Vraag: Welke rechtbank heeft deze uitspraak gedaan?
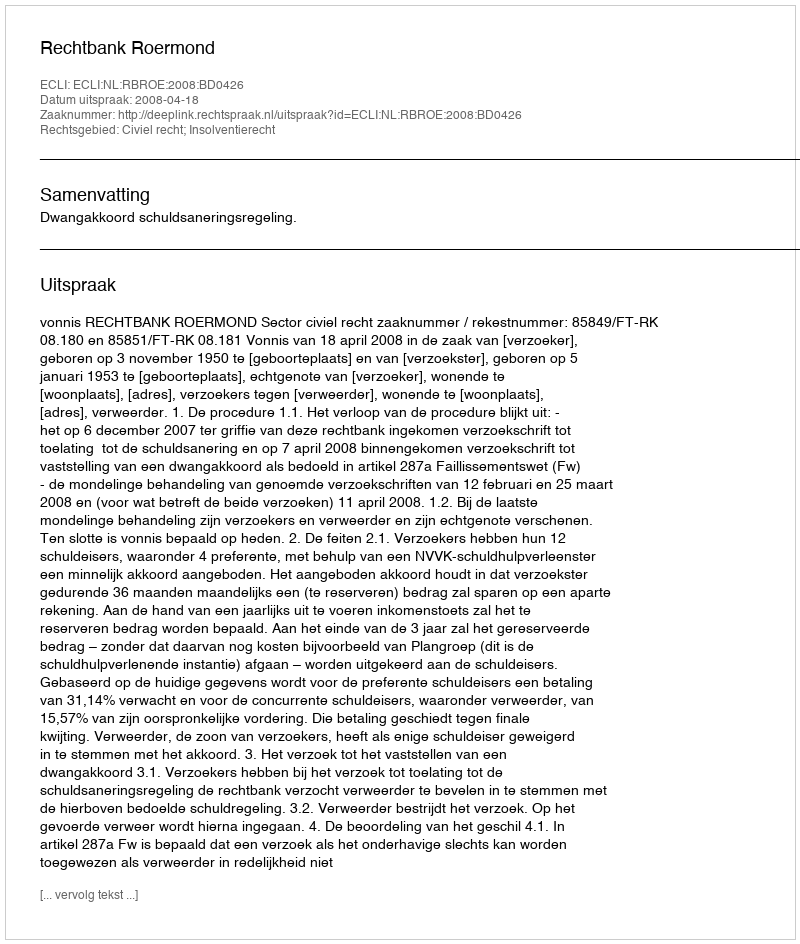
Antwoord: Rechtbank Roermond